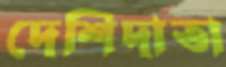
দেশিদাতা